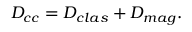
D _ { c c } = D _ { c l a s } + D _ { m a g } .